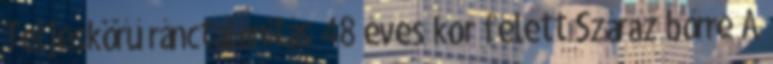
Teljeskörű ránctalanítás 48 éves kor felett Száraz bőrre A